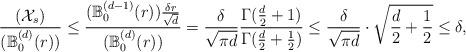
LaTeX: \begin{align*}&\frac{(\mathcal X_s)}{(\mathbb B_0^{(d)}(r)) }\le \frac{ (\mathbb B_0^{(d-1)}(r)) \frac{\delta r}{\sqrt{d}}}{(\mathbb B_0^{(d)}(r)) }= \frac{\delta}{\sqrt{\pi d}}\frac{\Gamma(\frac{d}{2}+1)}{\Gamma(\frac{d}{2}+\frac{1}{2})}\le \frac{\delta}{\sqrt{\pi d}} \cdot \sqrt{\frac{d}{2}+\frac{1}{2}} \le \delta,\end{align*}